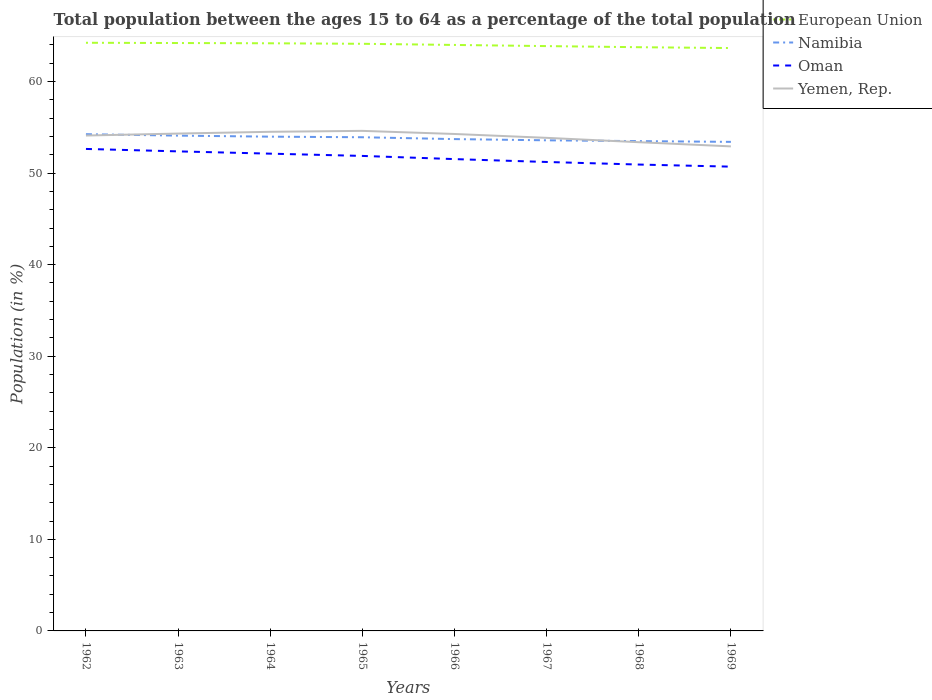
| Years | European Union | Namibia | Oman | Yemen, Rep. |
 | --- | --- | --- | --- | --- |
 | 1962 | 64.2 | 54.2 | 52.6 | 54.1 |
 | 1963 | 64.2 | 54.1 | 52.4 | 54.3 |
 | 1964 | 64.2 | 54 | 52.1 | 54.5 |
 | 1965 | 64.1 | 53.9 | 51.9 | 54.6 |
 | 1966 | 64 | 53.7 | 51.5 | 54.3 |
 | 1967 | 63.9 | 53.6 | 51.2 | 53.8 |
 | 1968 | 63.7 | 53.5 | 50.9 | 53.4 |
 | 1969 | 63.7 | 53.4 | 50.7 | 52.9 |